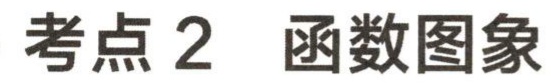
考点 2  函数图象